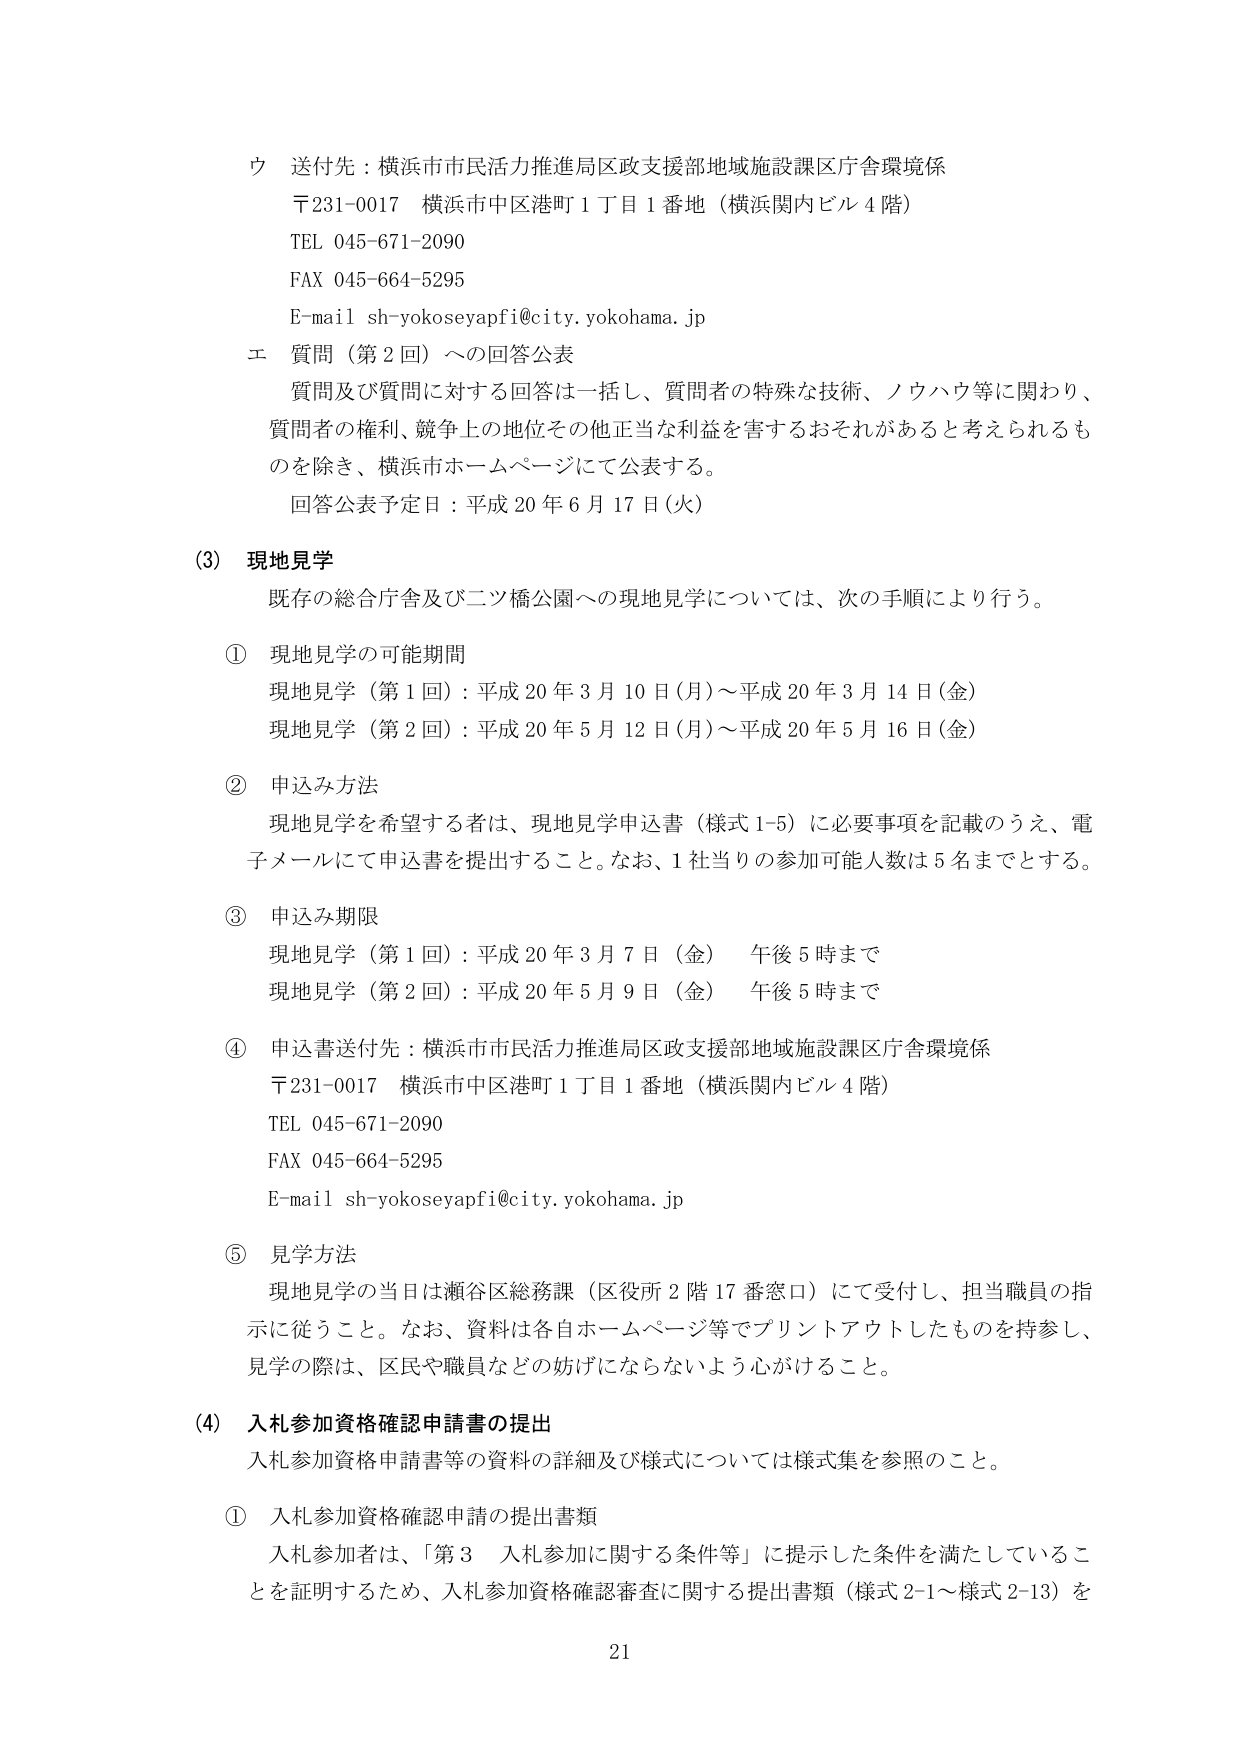
ウ 送付先：横浜市市民活力推進局区政支援部地域施設課区庁舎環境係
〒231-0017 横浜市中区港町1丁目1番地（横浜関内ビル4階）
TEL 045-671-2090
FAX 045-664-5295
E-mail sh-yokoseyapfi@city.yokohama.jp

エ 質問（第2回）への回答公表
質問及び質問に対する回答は一括し、質問者の特殊な技術、ノウハウ等に関わり、
質問者の権利、競争上の地位その他正当な利益を害するおそれがあると考えられるも
のを除き、横浜市ホームページにて公表する。
回答公表予定日：平成20年6月17日（火）

(3) 現地見学
既存の総合庁舎及び二ツ橋公園への現地見学については、次の手順により行う。

① 現地見学の可能期間
現地見学（第1回）：平成20年3月10日（月）～平成20年3月14日（金）
現地見学（第2回）：平成20年5月12日（月）～平成20年5月16日（金）

② 申込み方法
現地見学を希望する者は、現地見学申込書（様式1-5）に必要事項を記載のうえ、電
子メールにて申込書を提出すること。なお、1社当りの参加可能人数は5名までとする。

③ 申込み期限
現地見学（第1回）：平成20年3月7日（金） 午後5時まで
現地見学（第2回）：平成20年5月9日（金） 午後5時まで

④ 申込書送付先：横浜市市民活力推進局区政支援部地域施設課区庁舎環境係
〒231-0017 横浜市中区港町1丁目1番地（横浜関内ビル4階）
TEL 045-671-2090
FAX 045-664-5295
E-mail sh-yokoseyapfi@city.yokohama.jp

⑤ 見学方法
現地見学の当日は瀬谷区総務課（区役所2階17番窓口）にて受付し、担当職員の指
示に従うこと。なお、資料は各自ホームページ等でプリントアウトしたものを持参し、
見学の際は、区民や職員などの妨げにならないよう心がけること。

(4) 入札参加資格確認申請書の提出
入札参加資格申請書等の資料の詳細及び様式については様式集を参照のこと。

① 入札参加資格確認申請の提出書類
入札参加者は、「第3 入札参加に関する条件等」に提示した条件を満たしているこ
とを証明するため、入札参加資格確認審査に関する提出書類（様式2-1～様式2-13）を

21